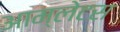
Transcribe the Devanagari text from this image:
आम्लेटस